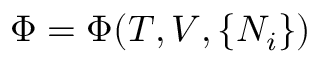
\Phi = \Phi ( T , V , \{ N _ { i } \} )